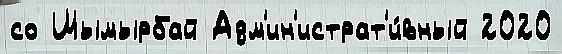
со Шымырбай Адм'ин'истрат'и́вный 2020